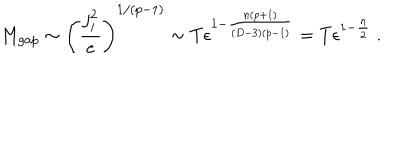
LaTeX: M _ { g a p } \sim \left( { \frac { j _ { i } ^ { 2 } } { e } } \right) ^ { 1 / ( p - 1 ) } \sim T \epsilon ^ { 1 - { \frac { n ( p + 1 ) } { ( D - 3 ) ( p - 1 ) } } } = T \epsilon ^ { 1 - { \frac { n } { 2 } } } \ .